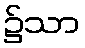
၌သာ